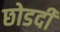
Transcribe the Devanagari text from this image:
छोडदी